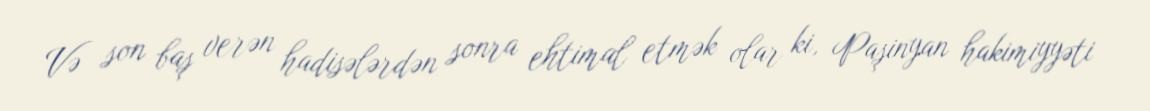
Və son baş verən hadisələrdən sonra ehtimal etmək olar ki, Paşinyan hakimiyyəti